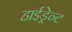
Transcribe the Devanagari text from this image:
हाईड्रेन्ट